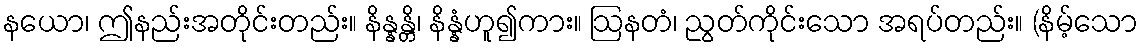
နယော၊ ဤနည်းအတိုင်းတည်း။ နိန္နန္တိ၊ နိန္နံဟူ၍ကား။ ဩနတံ၊ ညွတ်ကိုင်းသော အရပ်တည်း။ (နိမ့်သော